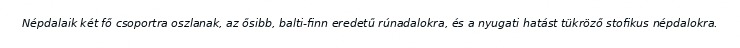
Népdalaik két fő csoportra oszlanak, az ősibb, balti-finn eredetű rúnadalokra, és a nyugati hatást tükröző stofikus népdalokra.